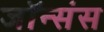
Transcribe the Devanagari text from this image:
जॉन्संस